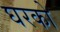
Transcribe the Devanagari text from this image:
घरको